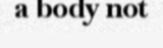
a body not